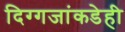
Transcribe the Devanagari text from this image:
दिग्गजांकडेही